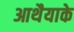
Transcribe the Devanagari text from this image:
आथैयाके